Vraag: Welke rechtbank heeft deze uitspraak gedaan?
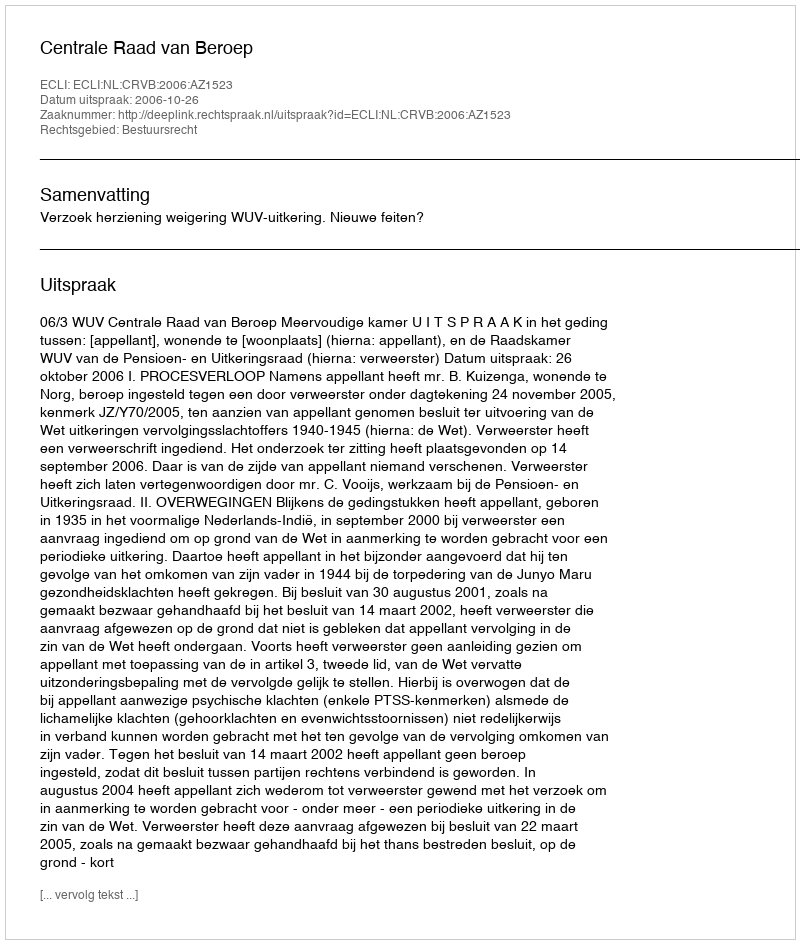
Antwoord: Centrale Raad van Beroep